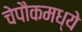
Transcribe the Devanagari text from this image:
चेपौकमध्ये